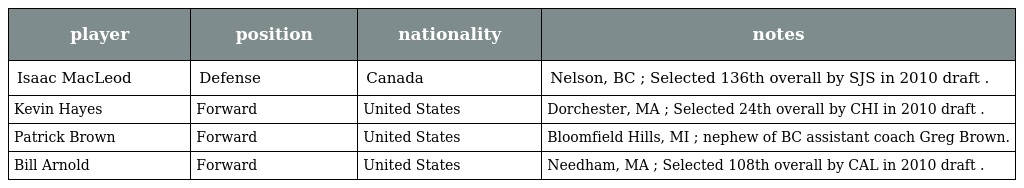
| player | position | nationality | notes |
 | --- | --- | --- | --- |
 | Isaac MacLeod | Defense | Canada | Nelson, BC ; Selected 136th overall by SJS in 2010 draft . |
 | Kevin Hayes | Forward | United States | Dorchester, MA ; Selected 24th overall by CHI in 2010 draft . |
 | Patrick Brown | Forward | United States | Bloomfield Hills, MI ; nephew of BC assistant coach Greg Brown. |
 | Bill Arnold | Forward | United States | Needham, MA ; Selected 108th overall by CAL in 2010 draft . |